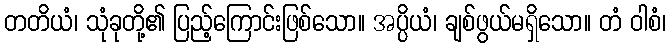
တတိယံ၊ သုံခုတို့၏ ပြည့်ကြောင်းဖြစ်သော။ အပ္ပိယံ၊ ချစ်ဖွယ်မရှိသော။ တံ ဝါစံ၊